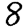
Digit: 8